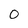
Character: 0